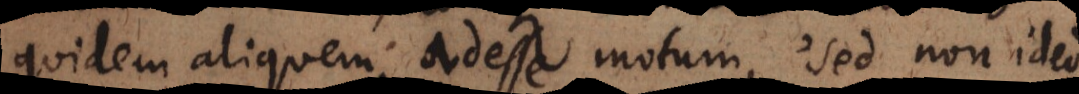
quidem aliquem adesse motum, sed non ideo